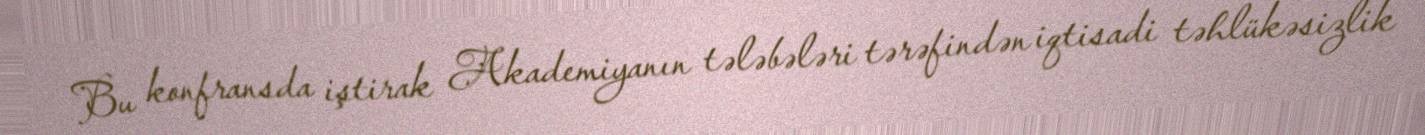
Bu konfransda iştirak Akademiyanın tələbələri tərəfindən iqtisadi təhlükəsizlik